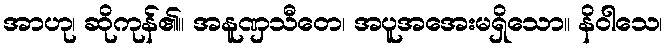
အာဟု၊ ဆိုကုန်၏။ အနူဏှသီတေ၊ အပူအအေးမရှိသော။ နိဝါသေ၊